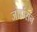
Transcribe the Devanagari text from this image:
जोहांसन